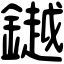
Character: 𨬓